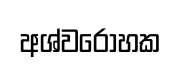
අශ්වරෝහක